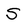
Character: S